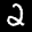
Label: 2